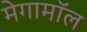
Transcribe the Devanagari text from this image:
मेगामॉल